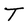
Character: T